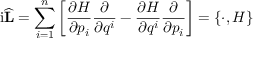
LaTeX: \mathrm { i } { \widehat { \mathbf { L } } } = \sum _ { i = 1 } ^ { n } \left[ { \frac { \partial H } { \partial p _ { i } } } { \frac { \partial } { \partial q ^ { i } } } - { \frac { \partial H } { \partial q ^ { i } } } { \frac { \partial } { \partial p _ { i } } } \right] = \{ \cdot , H \}